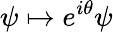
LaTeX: \psi\mapsto e^{i\theta}\psi